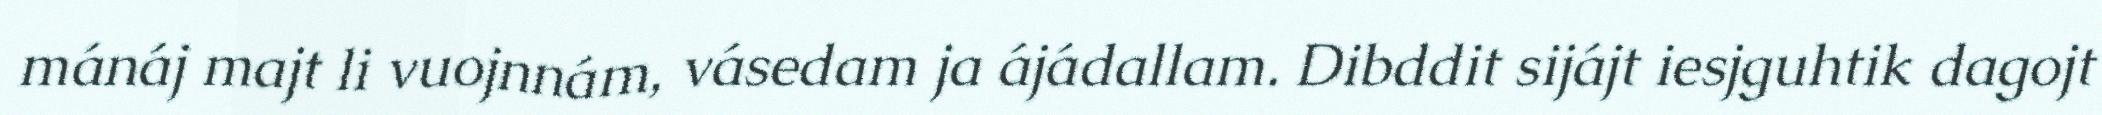
mánáj majt li vuojnnám, vásedam ja ájádallam. Dibddit sijájt iesjguhtik dagojt